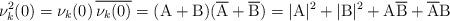
LaTeX: \begin{align*}\nu^2_k(0) &= \nu_k(0)\, \overline{\nu_k(0)} =(\mbox{A} + \mbox{B}) (\overline{\mbox{A}} + \overline{\mbox{B}})= |\mbox{A}|^2 + |\mbox{B}|^2 + \mbox{A} \overline{\mbox{B}} + \overline{\mbox{A}} \mbox{B}\end{align*}